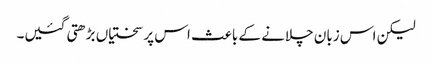
لیکن اس زبان چلانے کے باعث اس پر سختیاں بڑھتی گئیں۔